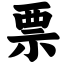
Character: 票